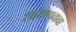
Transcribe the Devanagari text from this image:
शहाण्णवावा